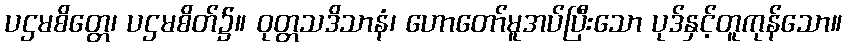
ပဌမစိတ္တေ၊ ပဌမစိတ်၌။ ဝုတ္တသဒိသာနံ၊ ဟောတော်မူအပ်ပြီးသော ပုဒ်နှင့်တူကုန်သော။